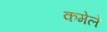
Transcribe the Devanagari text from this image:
कमेले